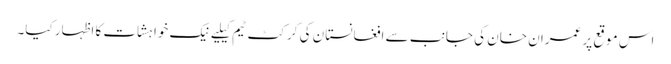
اس موقع پر عمران خان کی جانب سے افغانستان کی کرکٹ ٹیم کیلیےنیک خواہشات کا اظہار کیا۔